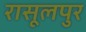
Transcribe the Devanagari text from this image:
रासूलपुर